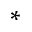
^ { \ast }